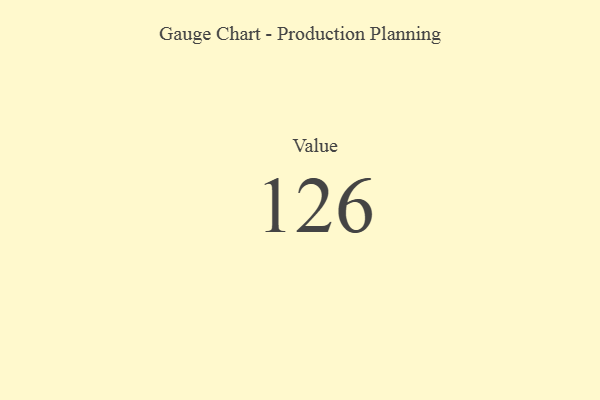
{"axis": {"x": "Metric", "y": "Value"}, "legend": [""], "data": [{"x": "Value", "y": 126, "type": ""}]}